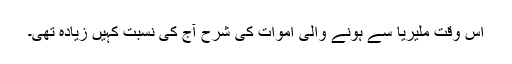
اس وقت ملیریا سے ہونے والی اموات کی شرح آج کی نسبت کہیں زیادہ تھی۔